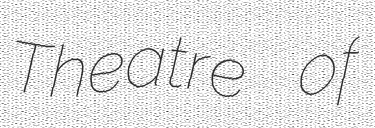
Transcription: Theatre of